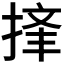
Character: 𪮉